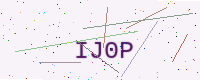
Text: IJ0P